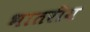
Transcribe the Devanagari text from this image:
भातरीय